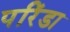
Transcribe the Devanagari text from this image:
परिंडा